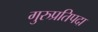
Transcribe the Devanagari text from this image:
गुरुप्रतिपदा